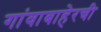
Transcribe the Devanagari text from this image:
गांवाबाहेरची